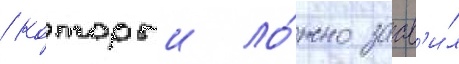
/ которыи ло́жно заав'и́л